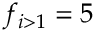
f _ { i > 1 } = 5